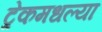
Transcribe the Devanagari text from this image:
ट्रेकमधल्या